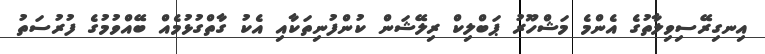
އިނގިރޭސިވިލާތުގެ އެންމެ މަޝްހޫރު ޕަބްލިކް ރިލޭޝަން ކުންފުނިތަކާއި އެކު ގާތްގުޅުމެއް ބޭއްވުމުގެ ފުރުސަތު